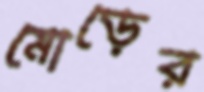
মোড়ের